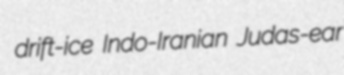
drift-ice Indo-Iranian Judas-ear